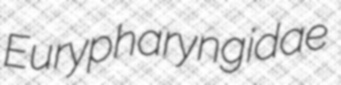
Eurypharyngidae